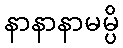
နာနာနာမမ္ပိ